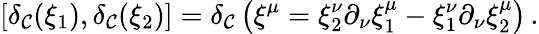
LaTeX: \left[\delta_{\mathcal{C}}(\xi_{1}),\delta_{\mathcal{C}}(\xi_{2})\right]=\delta_{\mathcal{C}}\left(\xi^{\mu}=\xi_{2}^{\nu}\partial_{\nu}\xi_{1}^{\mu}-\xi_{1}^{\nu}\partial_{\nu}\xi_{2}^{\mu}\right)\, .